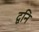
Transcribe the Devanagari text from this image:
द्वनि